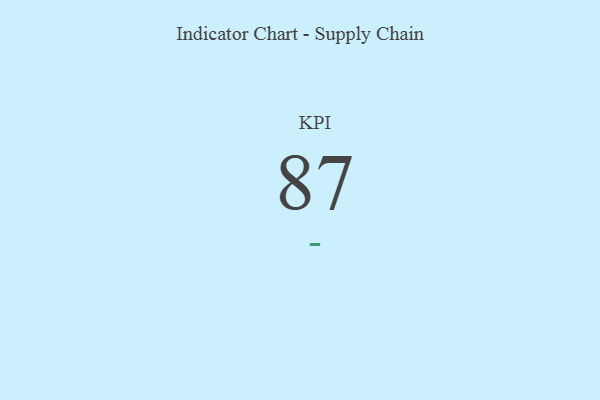
{"axis": {"x": "KPI", "y": "Value"}, "legend": [""], "data": [{"x": "KPI", "y": 87, "type": ""}]}